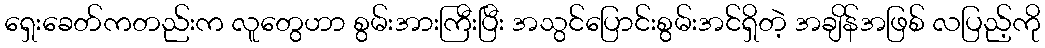
ရှေးခေတ်ကတည်းက လူတွေဟာ စွမ်းအားကြီးပြီး အသွင်ပြောင်းစွမ်းအင်ရှိတဲ့ အချိန်အဖြစ် လပြည့်ကို